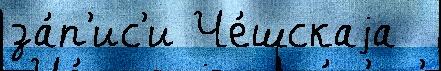
за́п'ис'и Че́шскаjа